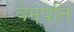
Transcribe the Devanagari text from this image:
वेमपति